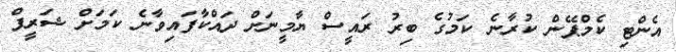
އެންޓި ކެމްޕޭން ކުރާނެ ކަމުގެ ބިރު ރައީސް ޔާމީނަށް ދައްކާފައިވާނެ ކަމަށް ޝަރީފް